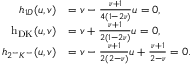
\begin{array} { r l } { h _ { 1 D } ( u , v ) } & { = v - \frac { \nu + 1 } { 4 ( 1 - 2 \nu ) } u = 0 , } \\ { \mathrm { \ensuremath { h _ { D K } } } ( u , v ) } & { = v + \frac { \nu + 1 } { 2 ( 1 - 2 \nu ) } u = 0 , } \\ { h _ { 2 ^ { - } K ^ { - } } ( u , v ) } & { = v - \frac { \nu + 1 } { 2 ( 2 - \nu ) } u + \frac { \nu + 1 } { 2 - \nu } = 0 . } \end{array}